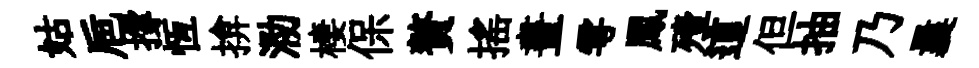
姑巵撐恆揜泐棲保贅揺晝雩鳳殪這但抽乃曩